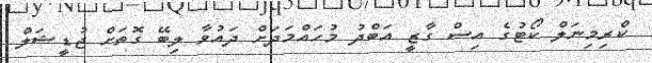
ކްރިމިނަލް ކޯޓުގެ އިސް ގާޒީ އަބްދު މުހައްމަދަށް ދައުވާ ލިބޭ ގޮތަށް ޖުޑީޝަލް